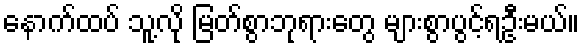
နောက်ထပ် သူ့လို မြတ်စွာဘုရားတွေ များစွာပွင့်ရဦးမယ်။